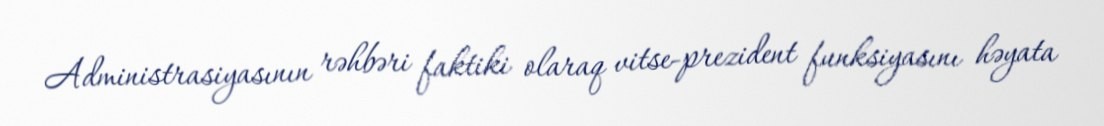
Administrasiyasının rəhbəri faktiki olaraq vitse-prezident funksiyasını həyata